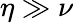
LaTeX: \eta\gg\nu